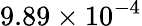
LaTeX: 9.89\times 10^{-4}